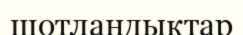
шотландықтар